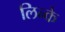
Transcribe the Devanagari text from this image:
लिन्के